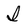
Character: I